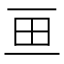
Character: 𱰥